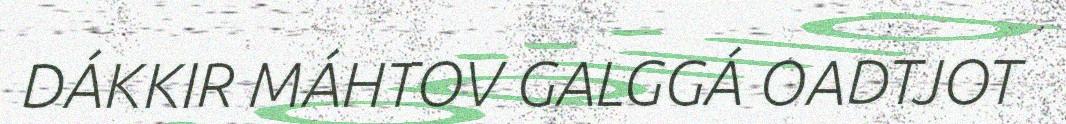
DÁKKIR MÁHTOV GALGGÁ OADTJOT